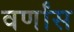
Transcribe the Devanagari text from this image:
वर्णांस